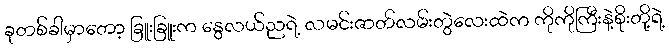
ခုတစ်ခါမှာတော့ ခြူးခြူးက နွေလယ်ညရဲ့ လမင်းဇာတ်လမ်းတွဲလေးထဲက ကိုကိုကြီးနဲ့စိုးတို့ရဲ့